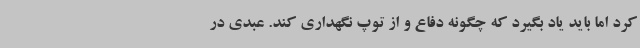
کرد اما باید یاد بگیرد که چگونه دفاع و از توپ نگهداری کند. عبدی در